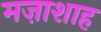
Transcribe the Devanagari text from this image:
मज़ाशाह